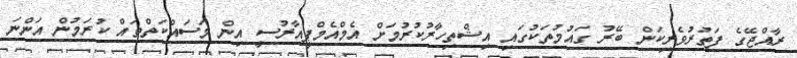
ރާއްޖޭގެ ފަތުރުވެރިކަން ބޭރު ގައުމުތަކުގައި އިޝްތިހާރުކުރުމަށް އެމްއެމްޕީއާރުސީ އިން މަސައްކަތްތައް ކުރަމުން އަންނަ